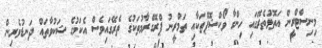
މިނިސްޓްރީން އަތޮޅުތެރޭގައި ހިންގާ ވޯކްޝޮޕްތަކާއި ތަމްރީނު ޕްރޮގްރާމުތަކުގެ ތެރޭގައިވެސް އެކަމުގެ ޝަކުވާތައް ދަނޑުވެރިން